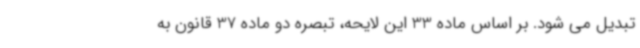
تبدیل می شود. بر اساس ماده 33 این لایحه، تبصره دو ماده 37 قانون به